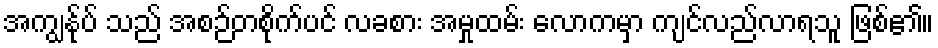
အကျွန်ုပ် သည် အစဉ်တစိုက်ပင် လခစား အမှုထမ်း လောကမှာ ကျင်လည်လာရသူ ဖြစ်၏။